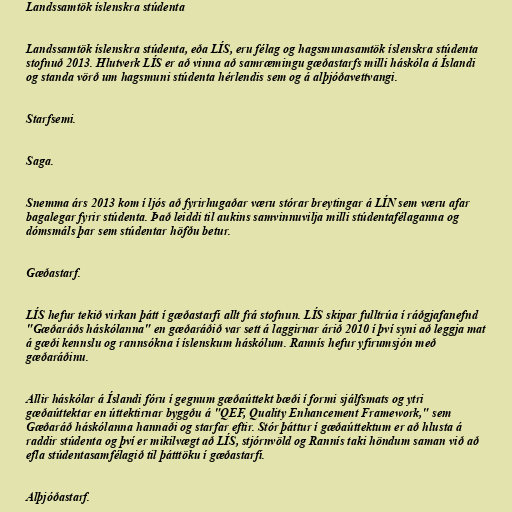
Landssamtök íslenskra stúdenta

Landssamtök íslenskra stúdenta, eða LÍS, eru félag og hagsmunasamtök íslenskra stúdenta
stofnuð 2013. Hlutverk LÍS er að vinna að samræmingu gæðastarfs milli háskóla á Íslandi
og standa vörð um hagsmuni stúdenta hérlendis sem og á alþjóðavettvangi.

Starfsemi.

Saga.

Snemma árs 2013 kom í ljós að fyrirhugaðar væru stórar breytingar á LÍN sem væru afar
bagalegar fyrir stúdenta. Það leiddi til aukins samvinnuvilja milli stúdentafélaganna og
dómsmáls þar sem stúdentar höfðu betur.

Gæðastarf.

LÍS hefur tekið virkan þátt í gæðastarfi allt frá stofnun. LÍS skipar fulltrúa í ráðgjafanefnd
"Gæðaráðs háskólanna" en gæðaráðið var sett á laggirnar árið 2010 í því syni að leggja mat
á gæði kennslu og rannsókna í íslenskum háskólum. Rannís hefur yfirumsjón með
gæðaráðinu.

Allir háskólar á Íslandi fóru í gegnum gæðaúttekt bæði í formi sjálfsmats og ytri
gæðaúttektar en úttektirnar byggðu á "QEF, Quality Enhancement Framework," sem
Gæðaráð háskólanna hannaði og starfar eftir. Stór þáttur í gæðaúttektum er að hlusta á
raddir stúdenta og því er mikilvægt að LÍS, stjórnvöld og Rannís taki höndum saman við að
efla stúdentasamfélagið til þátttöku í gæðastarfi.

Alþjóðastarf.